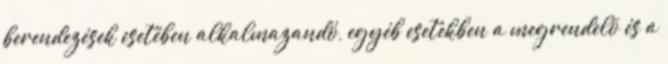
berendezések esetében alkalmazandó, egyéb esetekben a megrendelõ és a